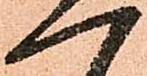
一